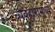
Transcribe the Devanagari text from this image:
व्यवहारामध्ये